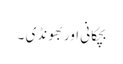
بچکانی اور بھونڈی ۔